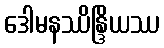
ဒေါမနဿိန္ဒြိယဿ